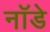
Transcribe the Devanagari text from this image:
नॉडे